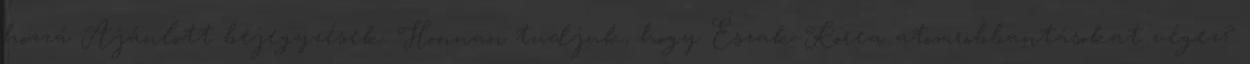
hozzá Ajánlott bejegyzések: Honnan tudjuk, hogy Észak-Korea atomrobbantásokat végez?